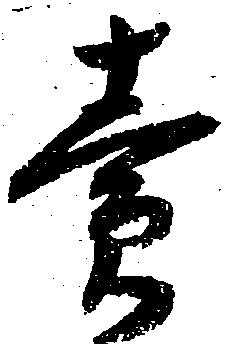
売